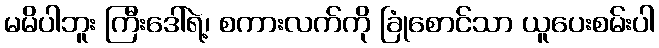
မမိပါဘူး ကြီးဒေါ်ရဲ့၊ စကားလက်ကို ခြုံစောင်သာ ယူပေးစမ်းပါ